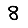
Digit: 8